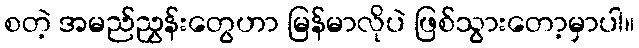
စတဲ့ အမည်ညွှန်းတွေဟာ မြန်မာလိုပဲ ဖြစ်သွားတော့မှာပါ။